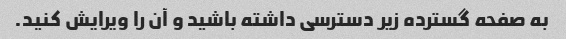
به صفحه گسترده زیر دسترسی داشته باشید و آن را ویرایش کنید.